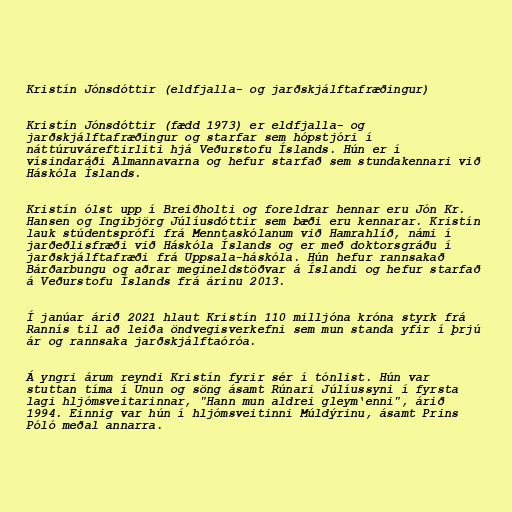
Kristín Jónsdóttir (eldfjalla- og jarðskjálftafræðingur)

Kristín Jónsdóttir (fædd 1973) er eldfjalla- og
jarðskjálftafræðingur og starfar sem hópstjóri í
náttúruváreftirliti hjá Veðurstofu Íslands. Hún er í
vísindaráði Almannavarna og hefur starfað sem stundakennari við
Háskóla Íslands.

Kristín ólst upp í Breiðholti og foreldrar hennar eru Jón Kr.
Hansen og Ingibjörg Júlíusdóttir sem bæði eru kennarar. Kristín
lauk stúdentsprófi frá Menntaskólanum við Hamrahlíð, námi í
jarðeðlisfræði við Háskóla Íslands og er með doktorsgráðu í
jarðskjálftafræði frá Uppsala-háskóla. Hún hefur rannsakað
Bárðarbungu og aðrar megineldstöðvar á Íslandi og hefur starfað
á Veðurstofu Íslands frá árinu 2013.

Í janúar árið 2021 hlaut Kristín 110 milljóna króna styrk frá
Rannís til að leiða öndvegisverkefni sem mun standa yfir í þrjú
ár og rannsaka jarðskjálftaóróa.

Á yngri árum reyndi Kristín fyrir sér í tónlist. Hún var
stuttan tíma í Unun og söng ásamt Rúnari Júlíussyni í fyrsta
lagi hljómsveitarinnar, "Hann mun aldrei gleym‘enni", árið
1994. Einnig var hún í hljómsveitinni Múldýrinu, ásamt Prins
Póló meðal annarra.